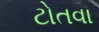
ટોતવા